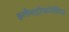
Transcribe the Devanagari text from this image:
इलैक्ट्रोफोरेसिस